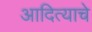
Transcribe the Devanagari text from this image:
आदित्याचे